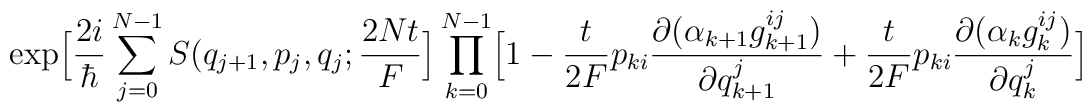
\exp\Bigl[ \frac{2i}{\hbar}  \sum^{N-1}_{j=0}             S(q_{j+1},p_j,q_j;\frac{2Nt}{F}\Bigr]              \prod^{N-1}_{k=0}  \Bigl[1-  \frac{t}{2F} p_{ki}                      \frac{\partial (\alpha_{k+1} g^{ij}_{k+1})}{\partial                      q^j_{k+1}}                      +\frac{t}{2F} p_{ki}                      \frac{\partial (\alpha_k g^{ij}_k)}{\partial q^j_k }                      \Bigr]             \nonumber \\